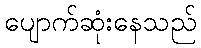
ပျောက်ဆုံးနေသည်